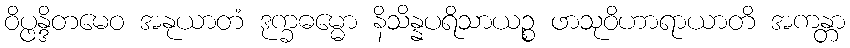
ဝိပ္ဖန္ဒိတမေဝ အနုယာတံ ဒုက္ခဓမ္မော နိသိန္နပရိသာယဉ္စ ဖာသုဝိဟာရာယာတိ အကန္တာ